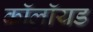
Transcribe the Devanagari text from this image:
कॉलॉयड